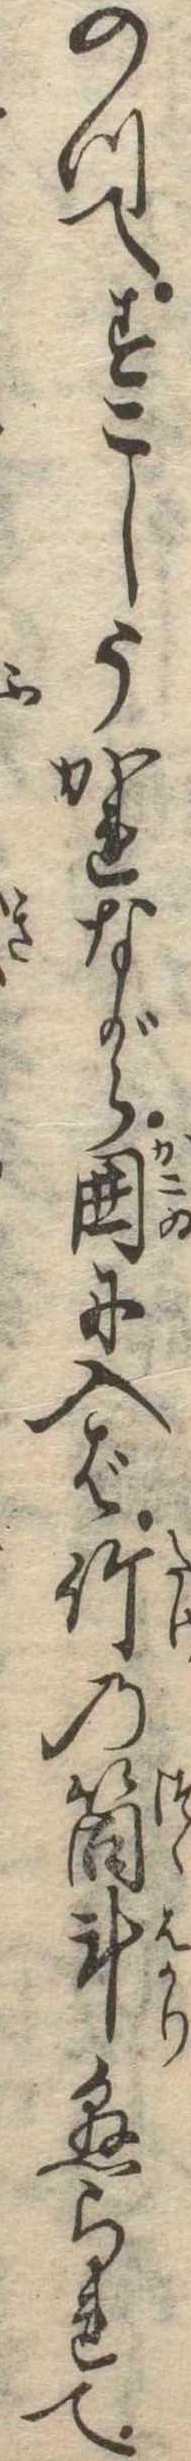
のつてすこしうかれながら囲に入ば竹の筒斗懸られて